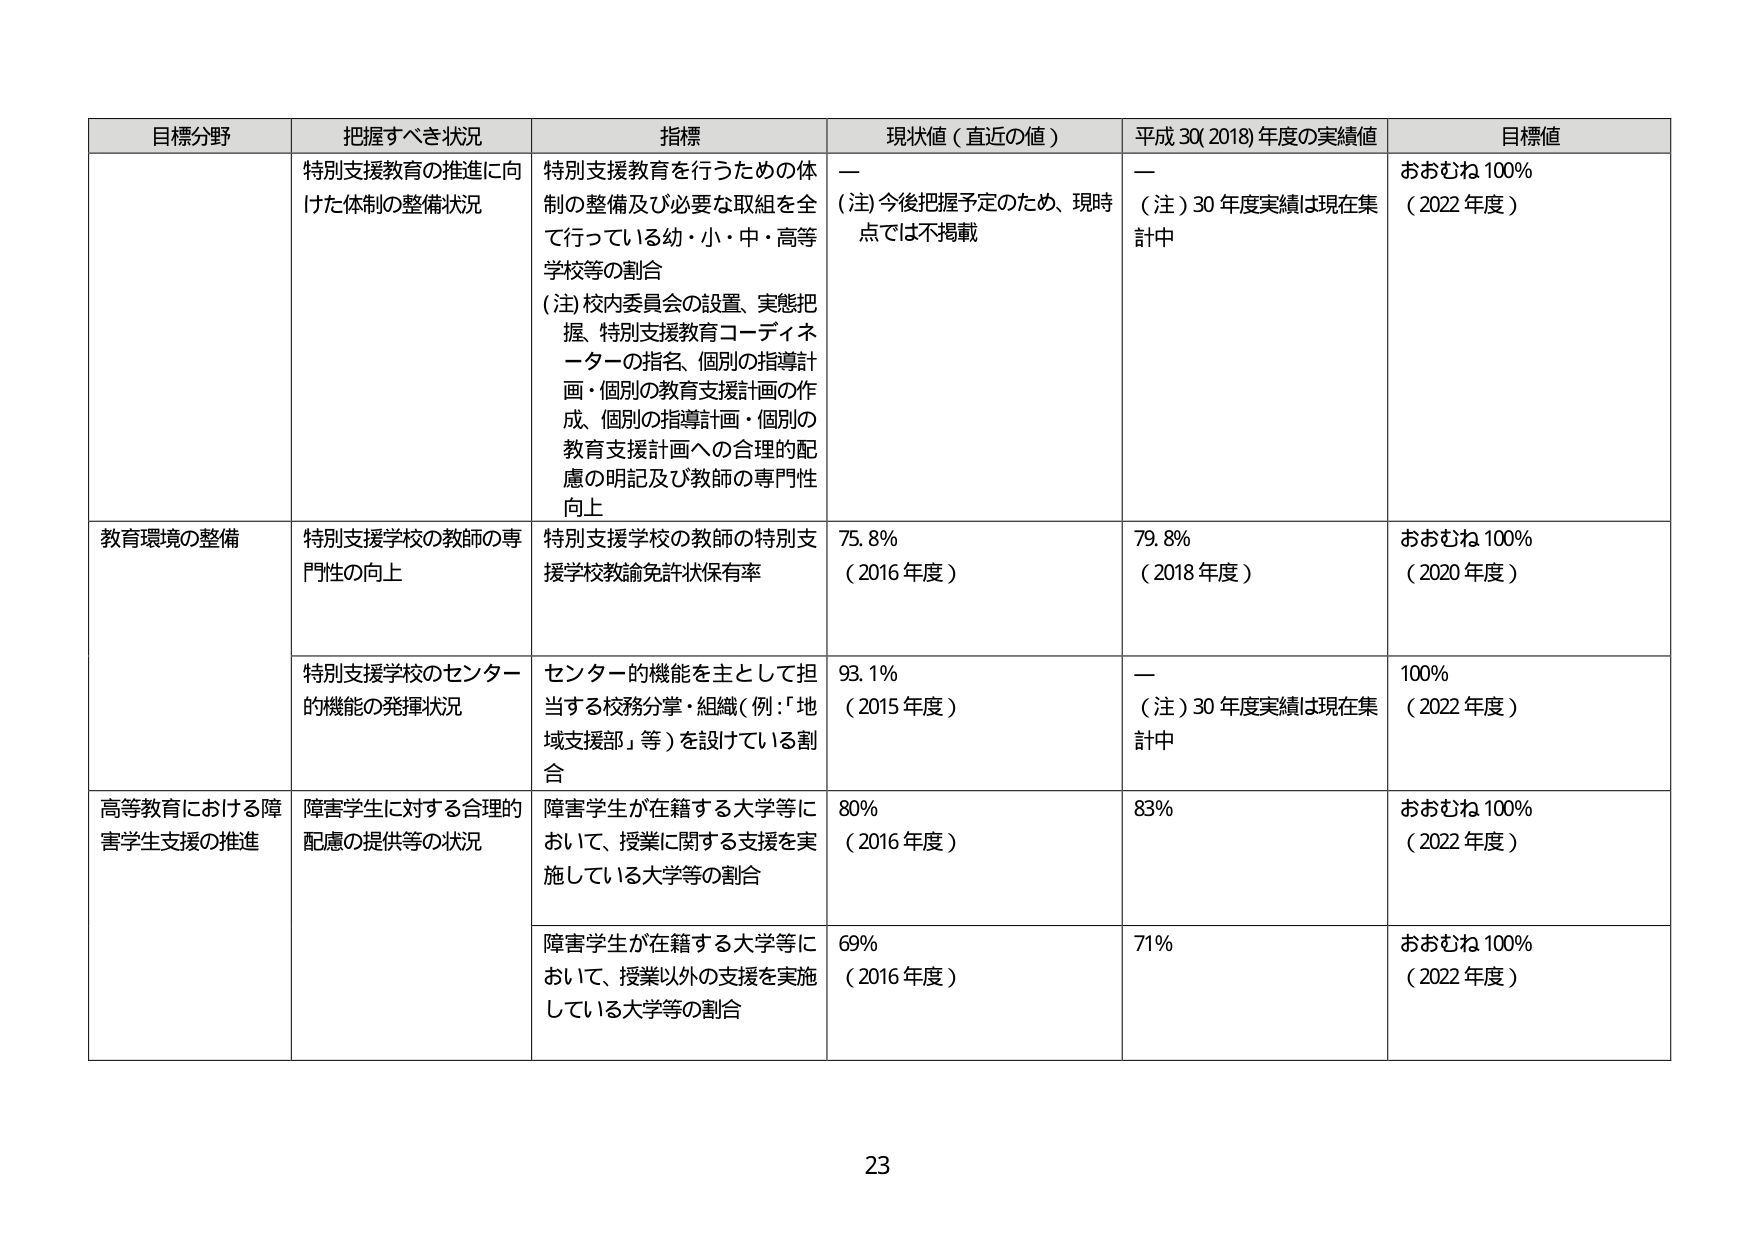
目標分野	把握すべき状況	指標	現状値（直近の値）	平成30(2018)年度の実績値	目標値
特別支援教育の推進に向けた体制の整備状況	特別支援教育を行うための体制の整備及び必要な取組を全て行っている幼・小・中・高等学校等の割合（注）校内委員会の設置、実態把握、特別支援教育コーディネーターの指名、個別の指導計画・個別の教育支援計画の作成、個別の指導計画・個別の教育支援計画への合理的配慮の明記及び教師の専門性向上	ー（注）今後把握予定のため、現時点では不掲載	ー（注）30年度実績は現在集計中	おおむね100%（2022年度）
教育環境の整備	特別支援学校の教師の専門性の向上	特別支援学校の教師の特別支援学校教諭免許状保有率	75.8%（2016年度）	79.8%（2018年度）	おおむね100%（2020年度）
	特別支援学校のセンター的機能の発揮状況	センターの機能を主として担当する校務分掌・組織（例：「地域支援部」等）を設けている割合	93.1%（2015年度）	ー（注）30年度実績は現在集計中	100%（2022年度）
高等教育における障害学生支援の推進	障害学生に対する合理的配慮の提供等の状況	障害学生が在籍する大学等において、授業に関する支援を実施している大学等の割合	80%（2016年度）	83%	おおむね100%（2022年度）
		障害学生が在籍する大学等において、授業以外の支援を実施している大学等の割合	69%（2016年度）	71%	おおむね100%（2022年度）
23